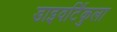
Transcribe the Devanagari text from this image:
डाइवर्टिकुला